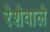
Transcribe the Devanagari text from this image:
रेशेवाले